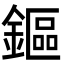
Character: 鏂